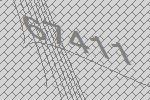
67411